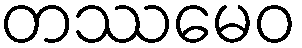
တဿမေဝ